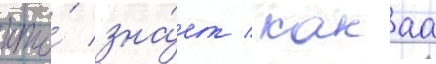
кто́ зна́ет / какаа